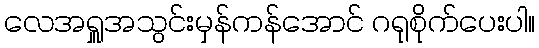
လေအရှူအသွင်းမှန်ကန်အောင် ဂရုစိုက်ပေးပါ။